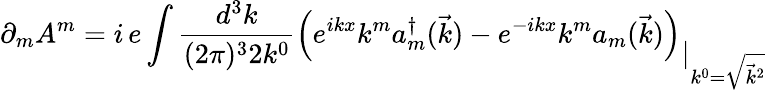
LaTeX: \partial_{m}A^{m}=i\, e\int\frac{d^{3}k}{(2\pi)^{3}2k^{0}}\left(e^{ikx}k^{m}a_{m}^{\dagger}(\vec{k})-e^{-ikx}k^{m}a_{m}(\vec{k})\right)_{\displaystyle|_{k^{0}=\sqrt{\vec{k}^{2}}}}